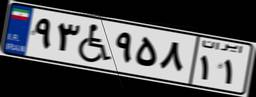
۹۳W۹۵۸۱۱